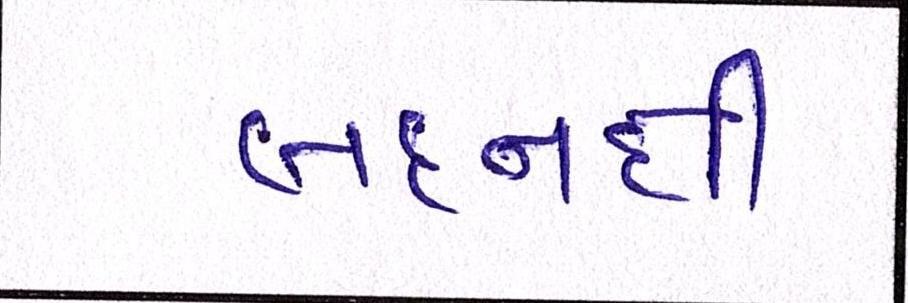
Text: બદનક્ષી